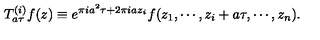
T _ { a \tau } ^ { ( i ) } f ( z ) \equiv e ^ { \pi i a ^ { 2 } \tau + 2 \pi i a z _ { i } } f ( z _ { 1 } , \cdots , z _ { i } + a \tau , \cdots , z _ { n } ) .